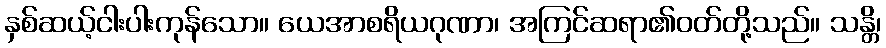
နှစ်ဆယ့်ငါးပါးကုန်သော။ ယေအာစရိယဂုဏာ၊ အကြင်ဆရာ၏ဝတ်တို့သည်။ သန္တိ၊